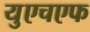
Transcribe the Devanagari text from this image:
युएचएफ